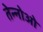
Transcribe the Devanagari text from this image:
तेन्नोओ